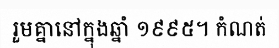
រួមគ្នានៅក្នុងឆ្នាំ ១៩៩៥។ កំណត់